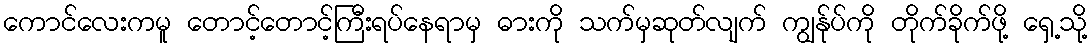
ကောင်လေးကမူ တောင့်တောင့်ကြီးရပ်နေရာမှ ဓားကို သက်မှဆုတ်လျက် ကျွန်ုပ်ကို တိုက်ခိုက်ဖို့ ရှေ့သို့